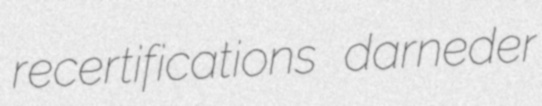
recertifications darneder